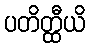
ပတိတ္ထီယိ